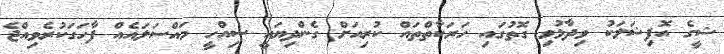
ޝީގެ އޮފިޝަލަކު ވިދާޅުވި ގޮތުގައި ހަރަކާތްތައް ކުރިއަށް ގެންދިޔައީ ސިއްހީ މައްސަލައެއް ފާހަގަކުރެވިއްޖެ